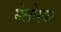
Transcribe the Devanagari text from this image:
मेलोरका